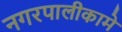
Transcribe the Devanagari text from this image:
नगरपालीकामे